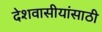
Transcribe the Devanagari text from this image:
देशवासीयांसाठी